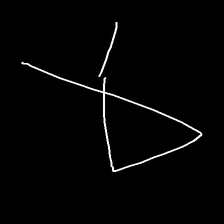
Glyph: collection